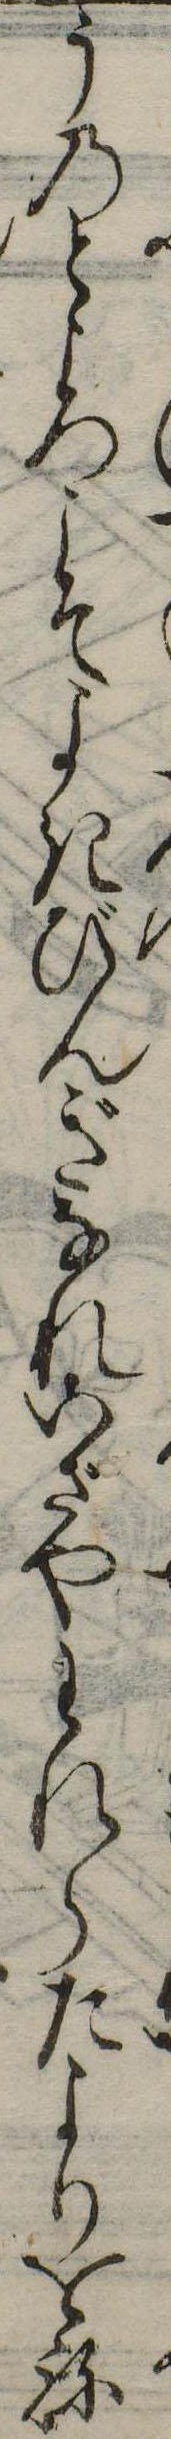
うのところこそよきびんぎなれいざやわれらたよりをね